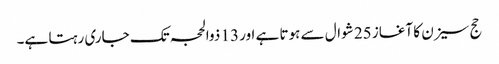
حج سیزن کا آغاز 25 شوال سے ہوتا ہے اور 13 ذوالحجہ تک جاری رہتا ہے۔